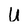
Character: U